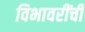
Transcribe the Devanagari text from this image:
विभावरींची